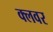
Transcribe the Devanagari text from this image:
क्लवर